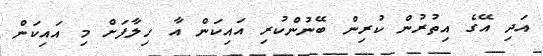
އަދި އޭގެ އިތުރުން ކުރިން ބޭނުންކުރި އައިކަން އާ ހިލާފަށް މި އައިކަން